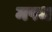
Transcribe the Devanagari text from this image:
मपध